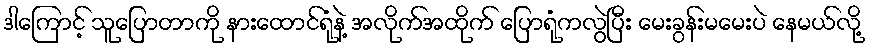
ဒါကြောင့် သူပြောတာကို နားထောင်ရုံနဲ့ အလိုက်အထိုက် ပြောရုံကလွဲပြီး မေးခွန်းမမေးပဲ နေမယ်လို့